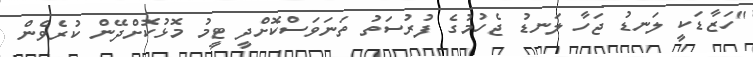
"ހަޒާޑަކީ ލަނޑު ޖަހާ ލަނޑު ޖެހުމުގެ ފުރުސަތު ތަނަވަސްކޮށްދީ ޓީމު މޮޅުކޮށްދޭން ކުރެވެން